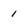
Character: 1